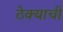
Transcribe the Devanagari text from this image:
ठेक्याची